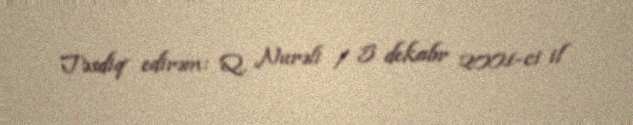
Təsdiq edirəm: Q. Nurəli / 5 dekabr 2001-ci il